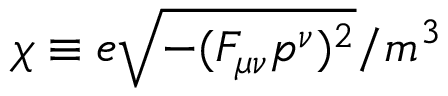
\chi \equiv e \sqrt { - ( F _ { \mu \nu } p ^ { \nu } ) ^ { 2 } } / m ^ { 3 }